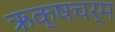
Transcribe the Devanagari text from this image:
ऋक्षचर्म